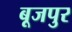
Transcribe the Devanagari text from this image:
बूजपुर